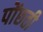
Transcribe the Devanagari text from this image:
पोंछती